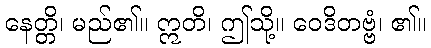
နေတ္တိ၊ မည်၏။ ဣတိ၊ ဤသို့။ ဝေဒိတဗ္ဗံ၊ ၏။